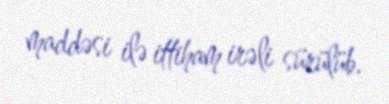
maddəsi ilə ittiham irəli sürülüb.